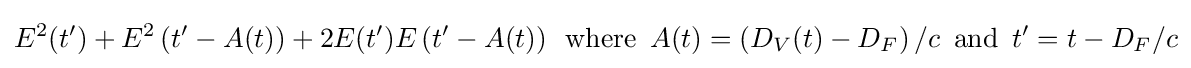
E^{2}(t')+E^{2}\left(t'-A(t)\right)+2E(t')E\left(t'-A(t)\right)\,{\mbox{ where }}\,A(t)=\left(D_{V}(t)-D_{F}\right)/c\,{\mbox{ and }}\,t'=t-D_{F}/c